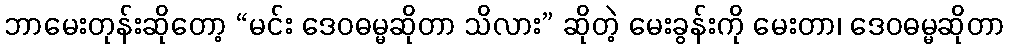
ဘာမေးတုန်းဆိုတော့ “မင်း ဒေဝဓမ္မဆိုတာ သိလား” ဆိုတဲ့ မေးခွန်းကို မေးတာ၊ ဒေဝဓမ္မဆိုတာ